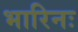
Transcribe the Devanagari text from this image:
भारिनः